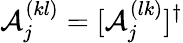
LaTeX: \mathcal{A}_{j}^{(kl)}=[\mathcal{A}_{j}^{(lk)}]^{\dagger}